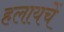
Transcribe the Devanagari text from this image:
हलायचें